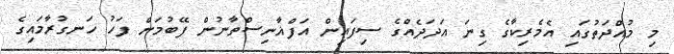
މި މުއްދަތުގައި އެމެރިކާގެ ގިނަ އަދަދެއްގެ ސިފައިން އަފްޣާނިސްތާނުން ފޭބުމަށް ފަހު ހަނގުރާމައިގެ